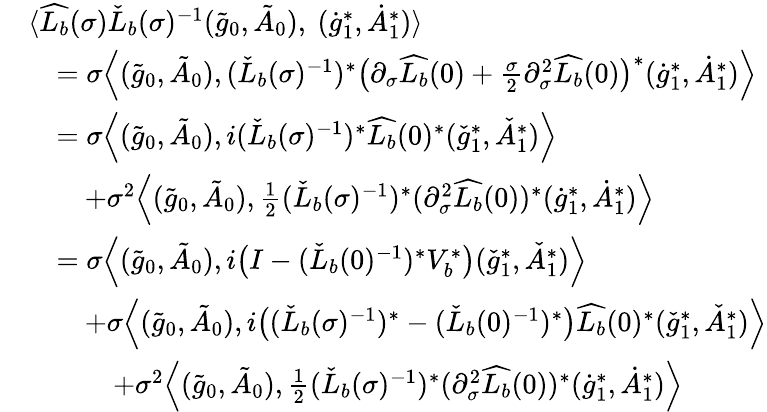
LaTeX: \begin{array}{rl}&{\langle\widehat{L_{b}}(\sigma)\check{L}_{b}(\sigma)^{-1}(\tilde{g}_{0},\tilde{A}_{0}),\ (\dot{g}_{1}^{*},\dot{A}_{1}^{*})\rangle}\\ &{\quad=\sigma\Big\langle(\tilde{g}_{0},\tilde{A}_{0}),(\check{L}_{b}(\sigma)^{-1})^{*}\big(\partial_{\sigma}\widehat{L_{b}}(0)+\frac{\sigma}{2}\partial_{\sigma}^{2}\widehat{L_{b}}(0)\big)^{*}(\dot{g}_{1}^{*},\dot{A}_{1}^{*})\Big\rangle}\\ &{\quad=\sigma\Big\langle(\tilde{g}_{0},\tilde{A}_{0}),i(\check{L}_{b}(\sigma)^{-1})^{*}\widehat{L_{b}}(0)^{*}(\check{g}_{1}^{*},\check{A}_{1}^{*})\Big\rangle}\\ &{\quad\quad+\sigma^{2}\Big\langle(\tilde{g}_{0},\tilde{A}_{0}),\frac{1}{2}(\check{L}_{b}(\sigma)^{-1})^{*}(\partial_{\sigma}^{2}\widehat{L_{b}}(0))^{*}(\dot{g}_{1}^{*},\dot{A}_{1}^{*})\Big\rangle}\\ &{\quad=\sigma\Big\langle(\tilde{g}_{0},\tilde{A}_{0}),i\big(I-(\check{L}_{b}(0)^{-1})^{*}V_{b}^{*}\big)(\check{g}_{1}^{*},\check{A}_{1}^{*})\Big\rangle}\\ &{\quad\quad+\sigma\Big\langle(\tilde{g}_{0},\tilde{A}_{0}),i\big((\check{L}_{b}(\sigma)^{-1})^{*}-(\check{L}_{b}(0)^{-1})^{*}\big)\widehat{L_{b}}(0)^{*}(\check{g}_{1}^{*},\check{A}_{1}^{*})\Big\rangle}\\ &{\quad\quad\quad+\sigma^{2}\Big\langle(\tilde{g}_{0},\tilde{A}_{0}),\frac{1}{2}(\check{L}_{b}(\sigma)^{-1})^{*}(\partial_{\sigma}^{2}\widehat{L_{b}}(0))^{*}(\dot{g}_{1}^{*},\dot{A}_{1}^{*})\Big\rangle}\end{array}